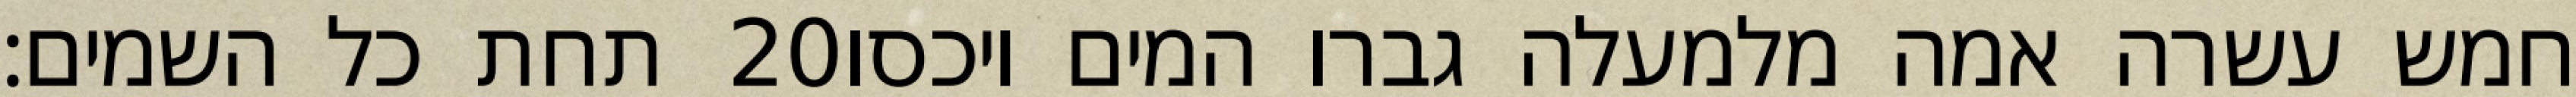
תחת כל השמים׃ ‎20‏ חמש עשרה אמה מלמעלה גברו המים ויכסו